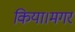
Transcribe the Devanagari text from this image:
किया।मगर